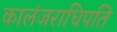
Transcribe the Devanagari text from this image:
कालंजराधिपति